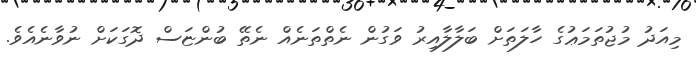
މިއަދު މުޖުތަމަޢުގެ ހާލަތަށް ބަލާލާއިރު ވަގުން ނެތްތަނެއް ނެތޭ ބުންޏަސް ދޮގަކަށް ނުވާނެއެވެ.